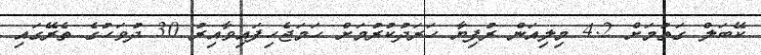
ކޭބަލް ގަތުމަށް 4.2 މިލިއަން ރުފިޔާ ހަރަދުކުރުމަށް ހަމަޖެހިފައިވާއިރު 30 ދުވަހުގެ ތެރޭގައި